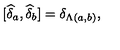
\lbrack \widehat { \delta } _ { a } , \widehat { \delta } _ { b } ] = \delta _ { \Lambda ( a , b ) } ,